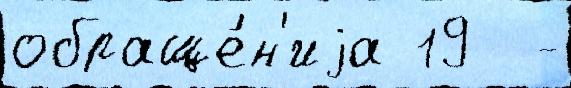
обраще́н'иjа 19  -